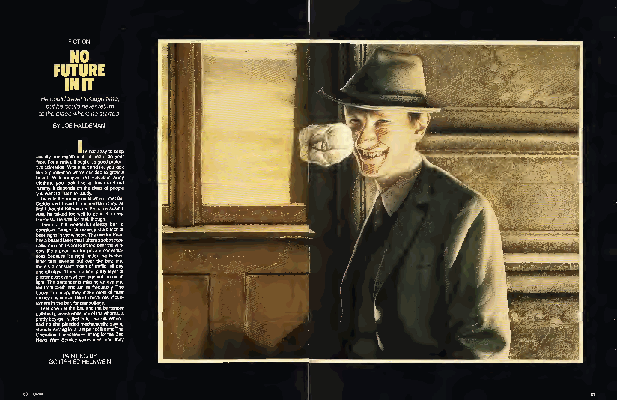
pp ONro peel eI ie wti rds t ws asa ynh tat oe ii b s Wd od oi is nyn sog r- .hawlt g eveih an Iire s hSl nps,a eeb glet sra ess ifr vt iao, tiwh d rd ache lf tea eieo edbr dl rda se ecr —im oaa,o nel mm n cf Ia epo hoe san tu ra ti idof n rrtf mil iht o ec na te fh a gsg he l t ,e e k fili. otlbw y sl raa .,h atnroW nht dsrh ede aen ye ts TBi h,n han eeda g yI
 GOTTFPARIINETDINHGELBNYWEIN